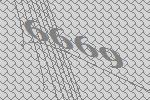
6669